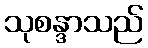
သုစန္ဒာသည်